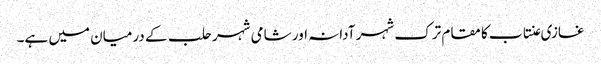
غازی عنتاب کا مقام ترک شہر آدانہ اور شامی شہر حلب کے درمیان میں ہے۔